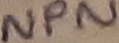
Text: NPN